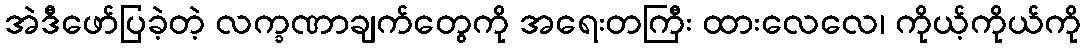
အဲဒီဖော်ပြခဲ့တဲ့ လက္ခဏာချက်တွေကို အရေးတကြီး ထားလေလေ၊ ကိုယ့်ကိုယ်ကို